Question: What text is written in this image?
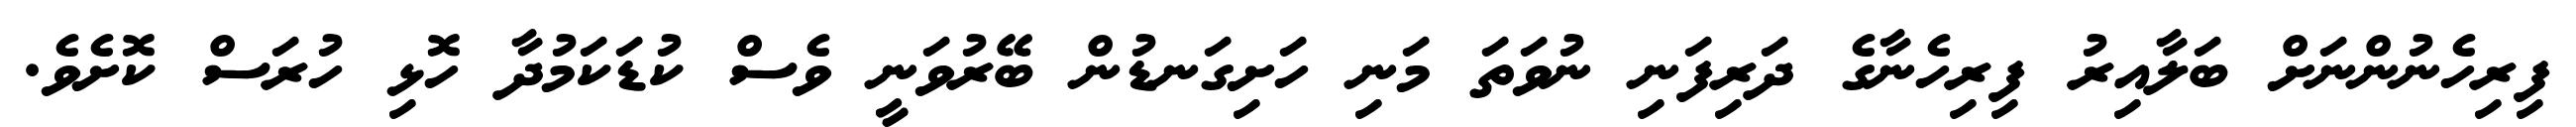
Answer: ފިރިހެނުންނަށް ބަލާއިރު ފިރިހެނާގެ ދަރިފަނި ނުވަތަ މަނި ހަށިގަނޑުން ބޭރުވަނީ ވެސް ކުޑަކަމުދާ ހޮޅި ހުރަސް ކޮށެވެ.